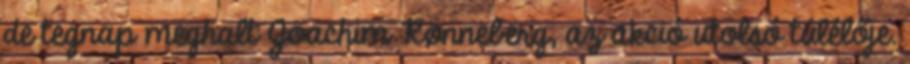
de tegnap meghalt Joachim Rønneberg, az akció utolsó túlélője.